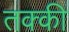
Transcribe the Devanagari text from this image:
तक्की